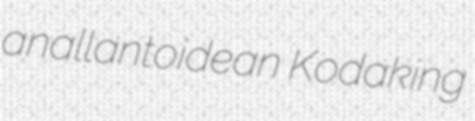
anallantoidean Kodaking